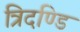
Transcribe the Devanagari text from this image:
त्रिदण्डि